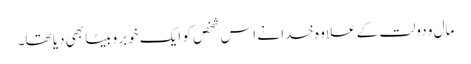
مال و دولت کے علاوہ خدا نے اس شخص کو ایک خوبروبیٹا بھی دیا تھا۔